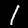
Digit: 1